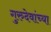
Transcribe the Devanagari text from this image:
गुरुदेवांच्या